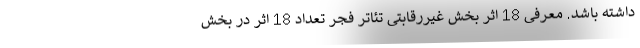
داشته باشد. معرفی 18 اثر بخش غیررقابتی تئاتر فجر تعداد 18 اثر در بخش